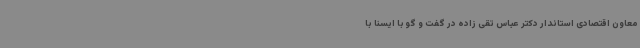
معاون اقتصادی استاندار دکتر عباس تقی زاده در گفت و گو با ایسنا با